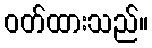
ဝတ်ထားသည်။